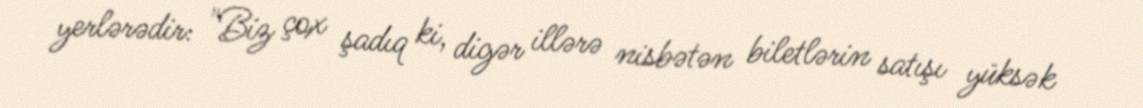
yerlərədir: "Biz çox şadıq ki, digər illərə nisbətən biletlərin satışı yüksək